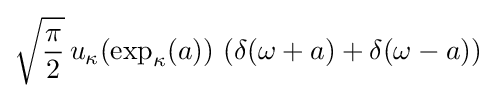
{\sqrt {\pi  \over 2}}\,u_{\kappa }(\exp _{\kappa }(a))\,\left(\delta (\omega +a)+\delta (\omega -a)\right)